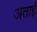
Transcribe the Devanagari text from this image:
अताई